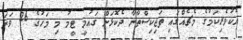
އެކުވެރިކަމުގެ މެޗެއްގައި ތަޖިކިސްތާނާ ދެކޮޅަށް ގައުމީ ޓީމު މި މަހުގެ 26 ވަަނަ